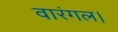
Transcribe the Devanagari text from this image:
वारंगल।